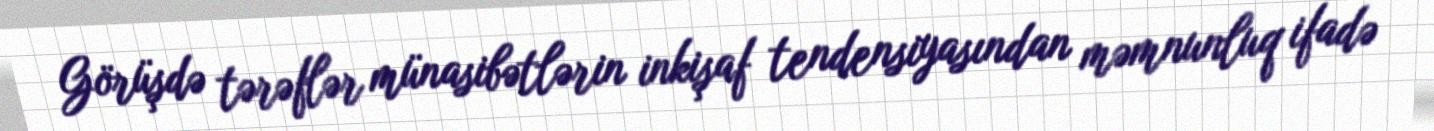
Görüşdə tərəflər münasibətlərin inkişaf tendensiyasından məmnunluq ifadə